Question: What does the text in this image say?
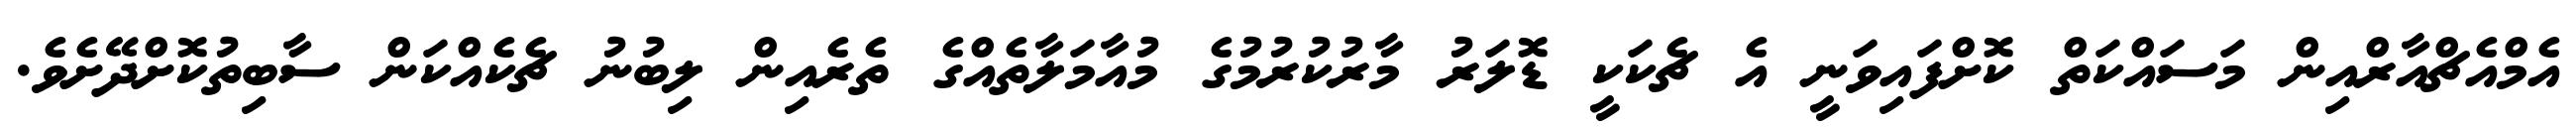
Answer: އެމްއެޗްއާރްއިން މަސައްކަތް ކޮށްފައިވަނީ އެ ޗެކަކީ ޑޮލަރު މާރުކުރުމުގެ މުއާމަލާތެއްގެ ތެރެއިން ލިބުނު ޗެކެއްކަން ސާބިތުކޮށްދޭށެވެ.